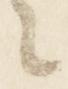
々